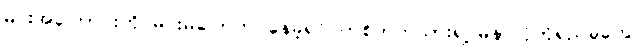
မင်းအကြောင်းကို မင်းမပြောဘဲ နေခဲ့ရင် တစ်ဘက်သားရဲ့ မနာလိုတိုရှည်မှုတွေ၊